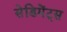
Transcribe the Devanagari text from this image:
सेडिमेंट्स